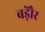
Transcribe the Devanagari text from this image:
बड़ेौर